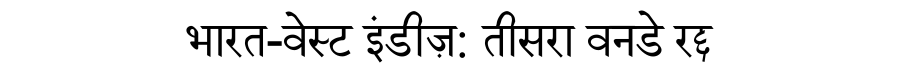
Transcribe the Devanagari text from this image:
भारत-वेस्ट इंडीज़: तीसरा वनडे रद्द